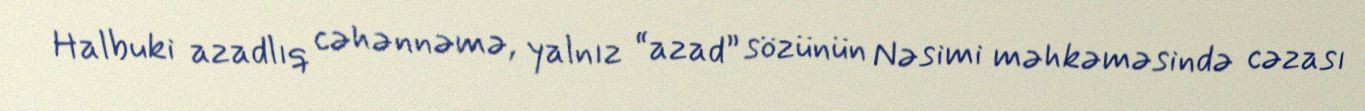
Halbuki azadlıq cəhənnəmə, yalnız “azad” sözünün Nəsimi məhkəməsində cəzası